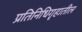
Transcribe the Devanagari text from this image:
प्रतिनिधिगॄहातील